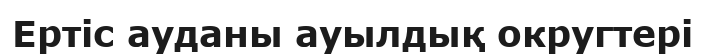
Ертіс ауданы ауылдық округтері